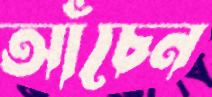
আঁচেন